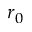
r _ { 0 }